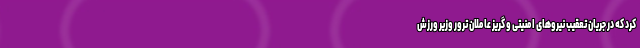
کرد که در جریان تعقیب نیروهای امنیتی و گریز عاملان ترور وزیر ورزش